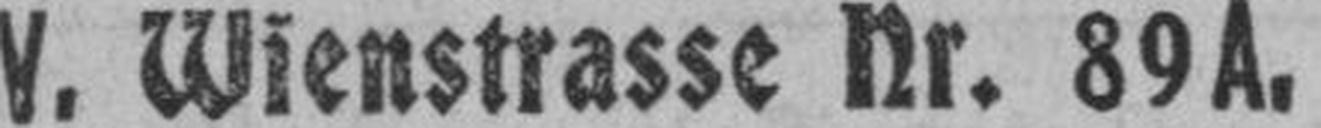
V. Wienstrasse Nr. 89A,